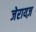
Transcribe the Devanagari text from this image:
जेरायज़